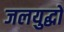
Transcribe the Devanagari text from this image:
जलयुद्धों